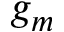
g _ { m }